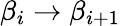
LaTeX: \beta_{i}\to\beta_{i+1}